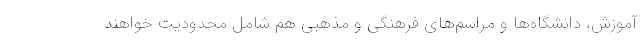
آموزش، دانشگاه‌ها و مراسم‌های فرهنگی و مذهبی هم شامل محدودیت خواهند